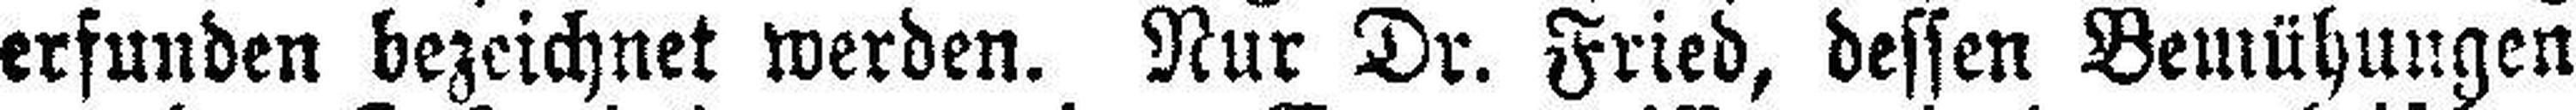
erfunden bezeichnet werden. Nur Dr. Fried, dessen Bemühungen